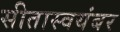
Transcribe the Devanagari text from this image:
सीतास्वयंबर